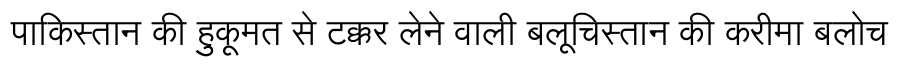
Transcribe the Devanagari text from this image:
पाकिस्तान की हुकूमत से टक्कर लेने वाली बलूचिस्तान की करीमा बलोच